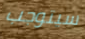
سيتوجب